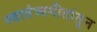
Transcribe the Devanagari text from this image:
स्वातंत्र्यगीतांतून